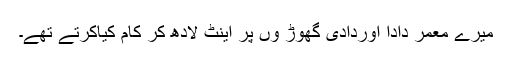
میرے معمر دادا اوردادی گھوڑ وں پر اینٹ لادھ کر کام کیاکرتے تھے۔